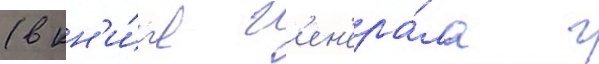
(в кн'и́г'е г'ен'ера́ла г